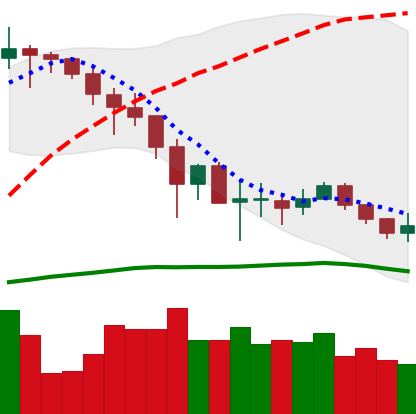
Ticker: LINK-USD
Chart end date: 2019-12-03
Forward return: -3.332%
Label: down_3_5